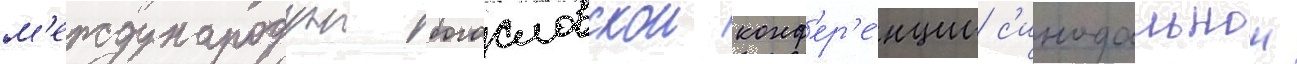
м'еждународнои богословскои конф'ер'е́нции с'инодальнои